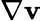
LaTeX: \nabla\mathbf v